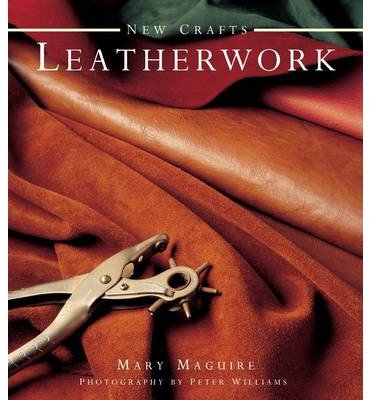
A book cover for New Crafts: Leatherwork: 25 Practical Ideas for Hand-crafted Leather Projects That are Easy to Make at Home (Hardback) - Common; By (author) Mary Maguire; Crafts, Hobbies & Home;